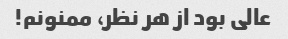
عالی بود از هر نظر، ممنونم!